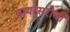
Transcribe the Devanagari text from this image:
वायरसरोधी